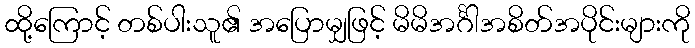
ထို့ကြောင့် တစ်ပါးသူ၏ အပြောမျှဖြင့် မိမိအင်္ဂါအစိတ်အပိုင်းများကို